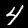
Label: 4